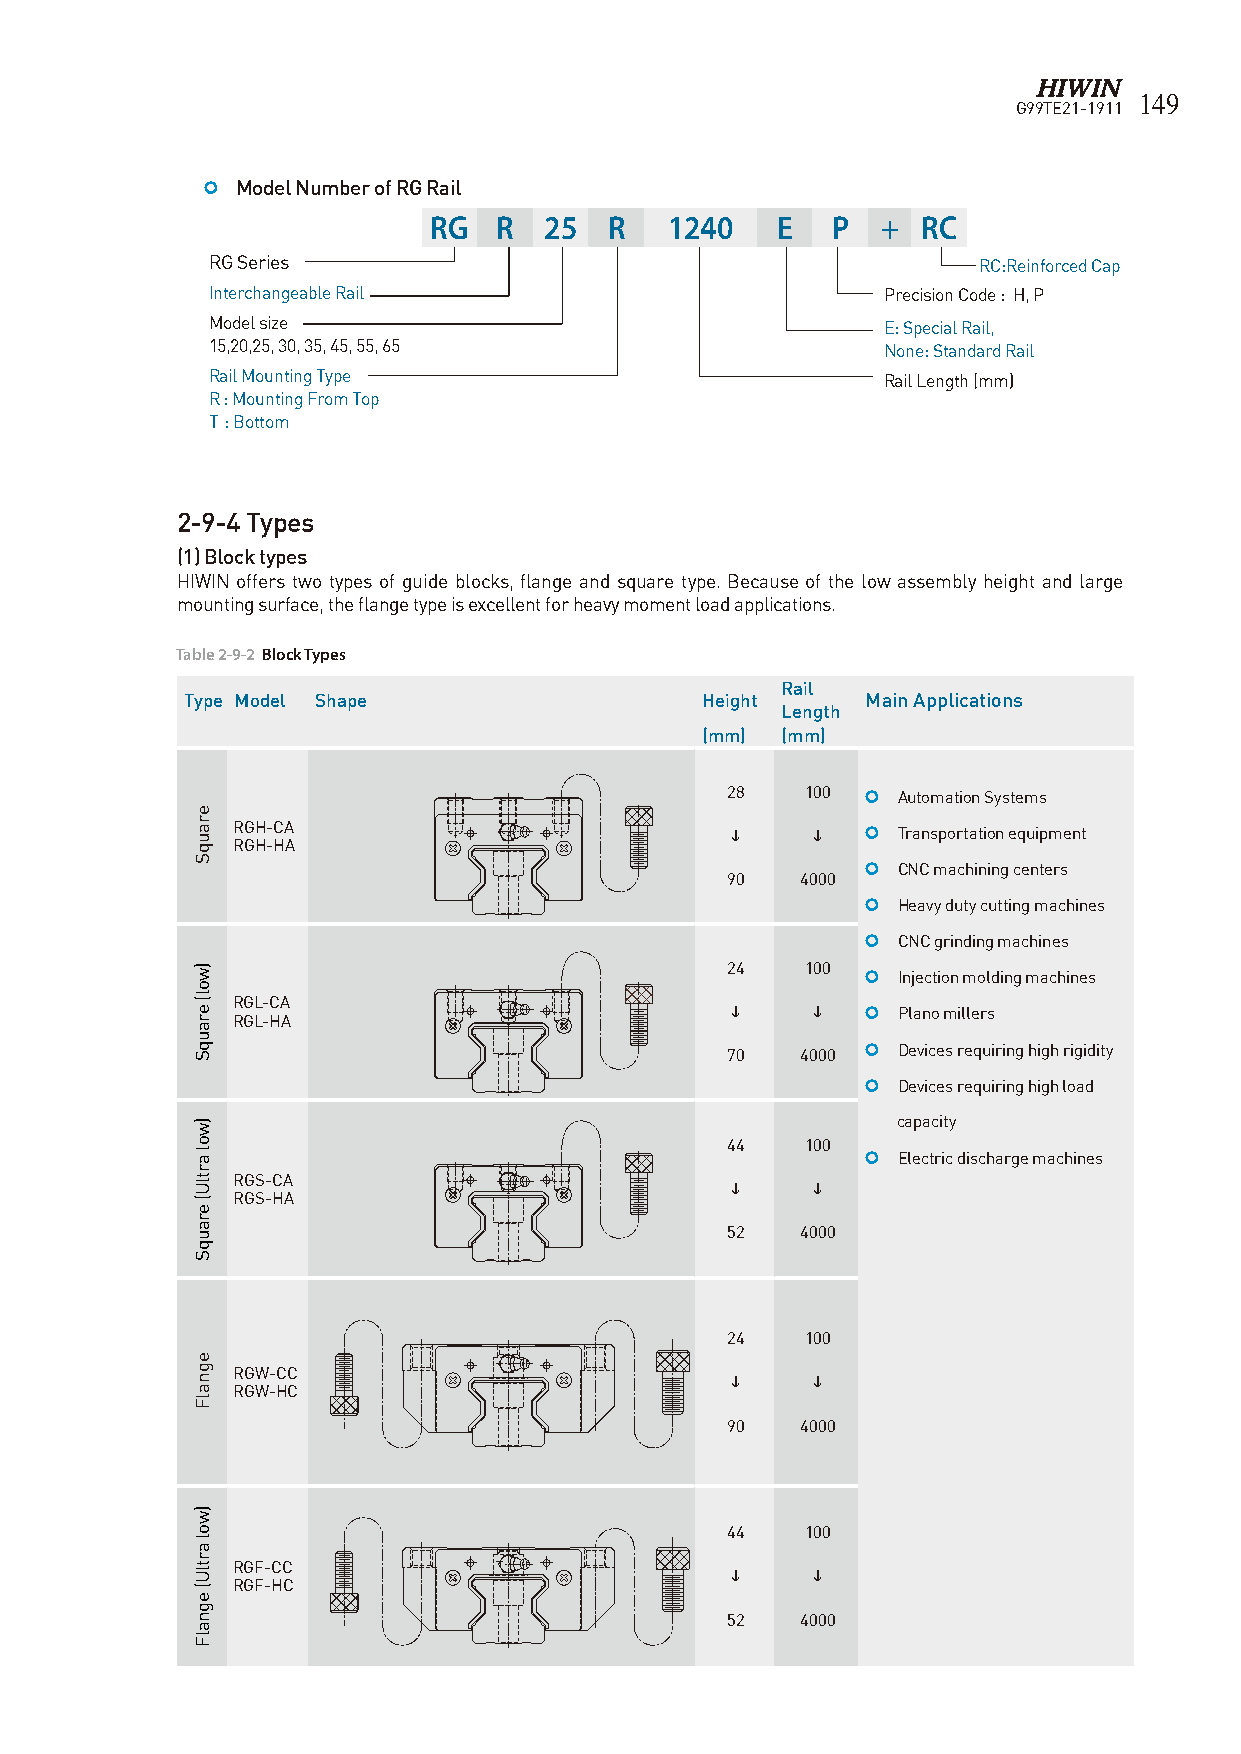
149
 G99TE21-1911
   Model Number of RG Rail
 RG   R  25  R   1240   E   P  +  RC
 RG Series                                          RC:Reinforced Cap
 Interchangeable Rail                         Precision Code : H, P
 Model size                                   E: Special Rail,
 15,20,25, 30, 35, 45, 55, 65                 None: Standard Rail
 Rail Mounting Type                           Rail Length (mm)
 R : Mounting From Top
 T : Bottom
 2-9-4 Types
 (1) Block types
 HIWIN offers two types of guide blocks, flange and square type. Because of the low assembly height and large
 mounting surface, the flange type is excellent for heavy moment load applications.
 Table 2-9-2 Block Types
 Rail
 Type Model Shape                  Height     Main Applications
 Length
 (mm)  (mm)
 28   100  Automation Systems
 RGH-CA                                   Transportation equipment
 RGH-HA
  CNC machining centers
 90   4000
  Heavy duty cutting machines
  CNC grinding machines
 24   100
  Injection molding machines
 RGL-CA
         Plano millers
 RGL-HA
 70   4000  Devices requiring high rigidity
  Devices requiring high load
 capacity
 44   100
  Electric discharge machines
 RGS-CA
      
 RGS-HA
 52   4000
 24   100
 RGW-CC
      
 RGW-HC
 90   4000
 44   100
 RGF-CC
      
 RGF-HC
 52   4000
 erauqS
 )wol(
 erauqS
 )wol
 artlU(
 erauqS
 egnalF
 )wol
 artlU(
 egnalF